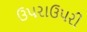
ઉપરાઉપરી